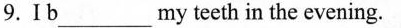
9.I b___my teeth in the evening.